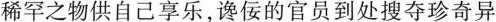
稀罕之物供自己享乐，谗佞的官员到处搜夺珍奇异